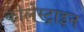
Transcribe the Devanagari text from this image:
कोलेस्ट्राइन